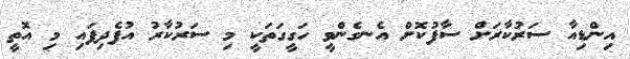
އިންޑިއާ ސަރުކާރަށް ސާފުކޮށް އެނގެންވީ ހަގީގަތަކީ މި ސަރުކާރު އުފެދިފައި މި އޮތީ